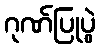
ဂုဏ်ပြုပွဲ